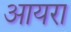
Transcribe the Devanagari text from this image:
आयरा